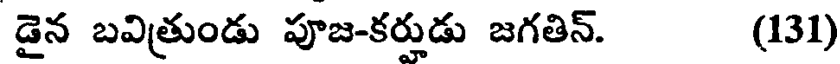
డైన బవిత్రుండు పూజ-కర్తుడు జగతిన్. (131)